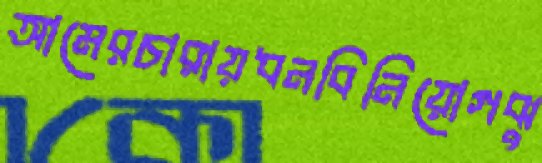
আমেরচারায়ধনবিনিয়োগঝু